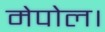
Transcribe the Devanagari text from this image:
मेपोल।